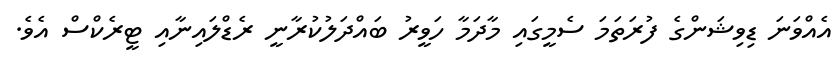
އެއްވަނަ ޑިވިޝަންގެ ފުރަތަމަ ސެމީގައި މާދަމާ ހަވީރު ބައްދަލުކުރާނީ ރެޑްލައިނާއި ޓީރެކްސް އެވެ.